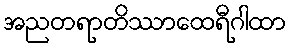
အညတရာတိဿာထေရီဂါထာ